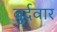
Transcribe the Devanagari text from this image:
बुर्दवार